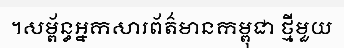
។សម្ព័ន្ធអ្នកសារព័ត៌មានកម្ពុជា ថ្មីមួយ